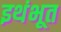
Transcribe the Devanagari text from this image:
इथंभूत